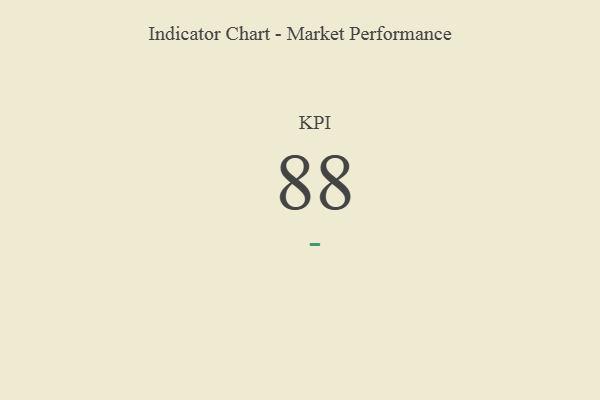
{"axis": {"x": "KPI", "y": "Value"}, "legend": [""], "data": [{"x": "KPI", "y": 88, "type": ""}]}